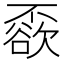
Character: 𠁓